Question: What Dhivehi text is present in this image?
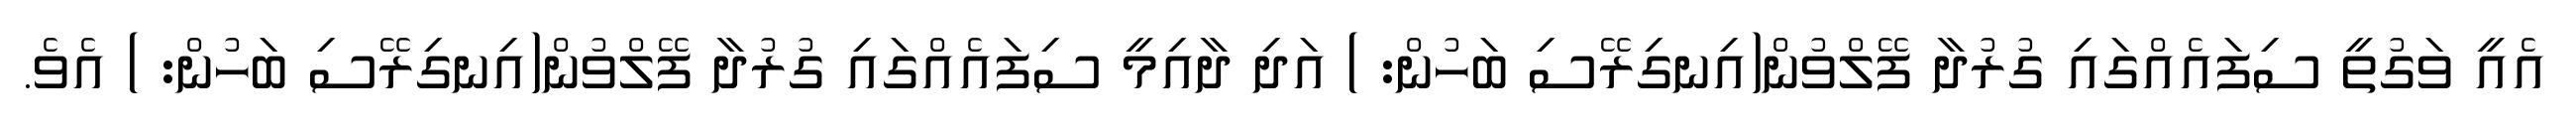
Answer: އެއީ ވަގުތީ ސިފައެއްގައި ގުރުދާ ފޭލްވުން(އިނގިރޭސި ބަހުން: ) އަދި ދާއިމީ ސިފައެއްގައި ގުރުދާ ފޭލްވުން(އިނގިރޭސި ބަހުން: ) އެވެ.